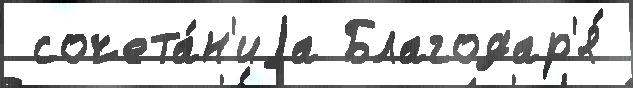
 сочета́н'иjа Благодар'я́